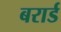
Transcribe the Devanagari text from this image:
बरार्ड